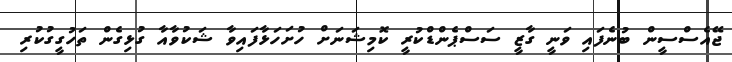
ޖޭއެސްސީން ބުނެފައި ވަނީ ގާޒީ ސަސްޕެންޑްކުރީ ކޮމިޝަނަށް ހުށަހަޅާފައިވާ ޝަކުވާއާ ގުޅިގެން ތަހުގީގުކުރި